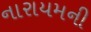
નારાયમની